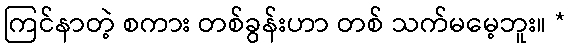
ကြင်နာတဲ့ စကား တစ်ခွန်းဟာ တစ် သက်မမေ့ဘူး။ *